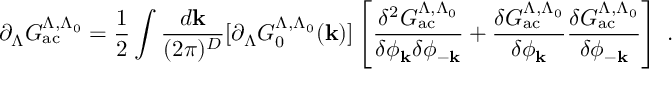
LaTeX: \partial _ { \Lambda } { \cal { G } } _ { \mathrm { a c } } ^ { \Lambda , \Lambda _ { 0 } } = \frac { 1 } { 2 } \int \frac { d { \bf { k } } } { ( 2 \pi ) ^ { D } } [ \partial _ { \Lambda } G _ { 0 } ^ { \Lambda , \Lambda _ { 0 } } ( { \bf { k } } ) ] \left[ \frac { \delta ^ { 2 } { \cal { G } } _ { \mathrm { a c } } ^ { \Lambda , \Lambda _ { 0 } } } { \delta \phi _ { \bf { k } } \delta \phi _ { - { \bf { k } } } } + \frac { \delta { \cal { G } } _ { \mathrm { a c } } ^ { \Lambda , \Lambda _ { 0 } } } { \delta \phi _ { \bf { k } } } \frac { \delta { \cal { G } } _ { \mathrm { a c } } ^ { \Lambda , \Lambda _ { 0 } } } { \delta \phi _ { - \bf { k } } } \right] \; .